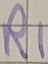
Text: R1